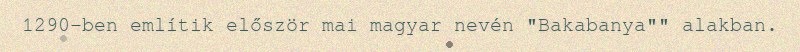
1290-ben említik először mai magyar nevén "Bakabanya"" alakban.